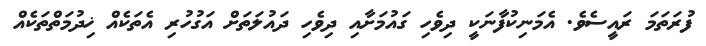
ފުރަތަމަ ރައީސެވެ. އެމަނިކުފާނަކީ ދިވެހި ގައުމަށާއި ދިވެހި ދައުލަތަށް އަގުހުރި އެތަކެއް ޚިދުމަތްތަކެއް